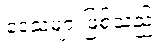
ဒေသများဖြစ်သည့်